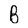
Character: B